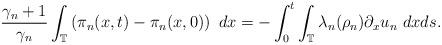
LaTeX: \begin{align*} \frac{\gamma_{n}+1}{\gamma_{n}} \int_{\mathbb{T}} \left( \pi_{n}(x,t) - \pi_{n} (x,0) \right)~dx = - \int_{0}^{t} \int_{\mathbb{T}}\lambda_{n}(\rho_{n}) \partial_{x} u_{n}~dxds. \end{align*}